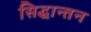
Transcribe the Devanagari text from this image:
सिद्धान्तन